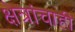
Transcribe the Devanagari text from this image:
क्षेत्रांचाही